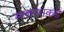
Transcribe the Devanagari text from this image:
स्मशानाकडे